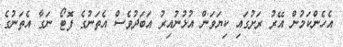
އެހެންކަމުން އޭރު ރަށުގައި ކިޔަވަން އުޅުނުއިރު އަބަދުވެސް އެތަނުގެ ފޮޓޯ ނަގާ އެތަނުގެ